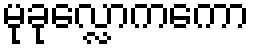
မုခုလ္လောကကော